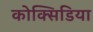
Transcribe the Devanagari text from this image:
कोक्सिडिया